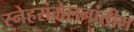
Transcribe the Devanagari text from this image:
स्नेहसंमेलनांतील